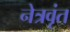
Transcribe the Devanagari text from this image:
नेत्रवृंत